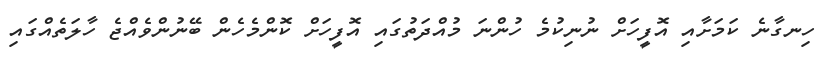
ހިނގާނެ ކަމަށާއި އޮފީހަށް ނުނިކުމެ ހުންނަ މުއްދަތުގައި އޮފީހަށް ކޮންމެހެން ބޭނުންވެއްޖެ ހާލަތެއްގައި